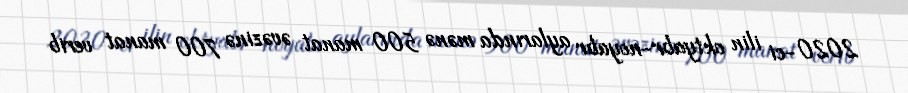
2020-ci ilin oktyabr-noyabr aylarında mənə 500 manat əvəzinə 700 manat verib